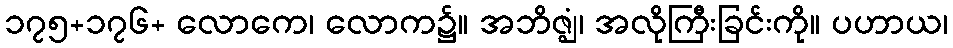
၁၇၅+၁၇၆+ လောကေ၊ လောက၌။ အဘိဇ္ဈံ၊ အလိုကြီးခြင်းကို။ ပဟာယ၊